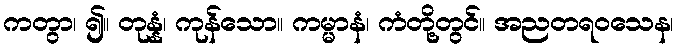
ကတွာ၊ ၍။ တုန္နံ၊ ကုန်သော။ ကမ္မာနံ၊ ကံတို့တွင်။ အညတရဝသေန၊